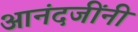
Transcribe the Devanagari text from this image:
आनंदजींनी